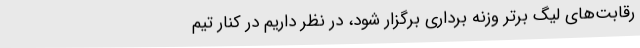
رقابت‌های لیگ برتر وزنه برداری برگزار شود، در نظر داریم در کنار تیم